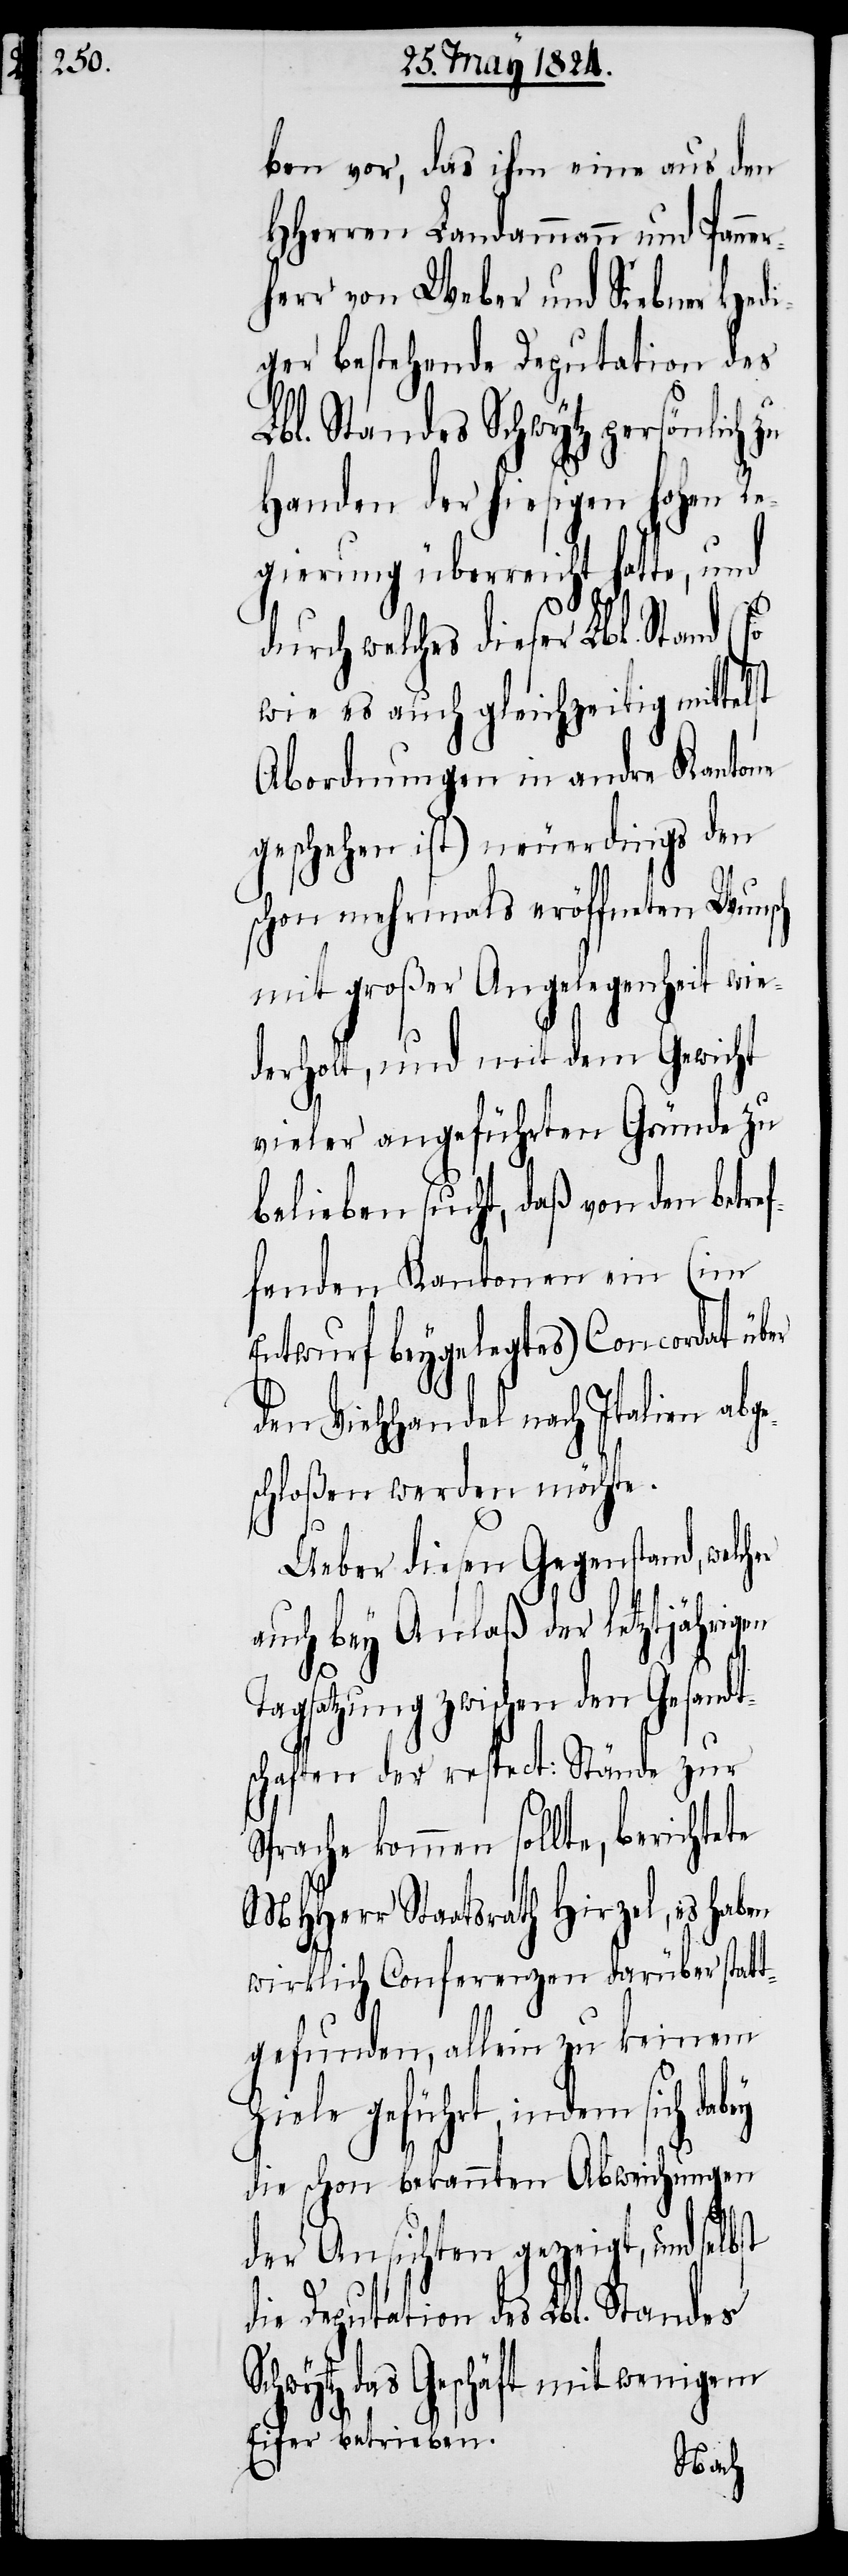
ete

ben vor, das ihm eine aus den
HHerren Landammann und Panne¬
err von Weber und Siebner Hedi¬
ger bestehende Deputation des
Lbl. Standes Schwytz persönlich
Handen der hiesigen hohen Re¬
gierung überreicht hatte, und
durch welches dieser Lbl. Stand (so
wie es auch gleichzeitig mittelst
Abordnungen in andre Kantone
geschehen ist) neuerdings den
schon mehrmals eröffneten Wunsch
mit großer Angelegenheit wie¬
derholt, und mit dem Gewicht
vieler angeführten Gründe zu
belieben sucht, daß von den betref¬
fenden Kantonen ein (im
Entwurf beygelegtes) Concordat über
den Viehhandel nach Italien abg¬
eschloßen werden möchte.
Ueber diesen Gegenstand, welch¬
auch bey Anlaß der letztjährigen
gsatzung zwischen den Gesand¬
tschaften der respect: Stände zur
Sprache kommen sollte, bericht¬
MHHerr Staatsrath Hirzel, es haben
wirklich Conferenzen darüber statt¬
gefunden, allein zu keinem
Ziele geführt, indem sich
die schon bekannten Abweichungen
der Ansichten gezeigt, und selbst
Deputation des Lbl. Standes
Schwytz das Geschäft mit wenigem
Eifer betrieben.
Ta¬